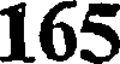
165